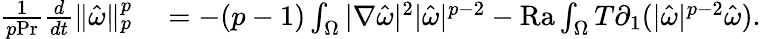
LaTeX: \begin{array}{rl}{\frac{1}{p\mathrm{{Pr}}}\frac{d}{dt}\| \hat{\omega}\| _{p}^{p}}&{{}=-(p-1)\int_{\Omega}|\nabla\hat{\omega}|^{2}|\hat{\omega}|^{p-2}-\mathrm{{Ra}}\int_{\Omega}T\partial_{1}(|\hat{\omega}|^{p-2}\hat{\omega}).}\end{array}